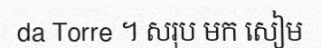
da Torre ។ សរុប មក សៀម